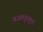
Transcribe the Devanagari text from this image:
गजलगुनगुना